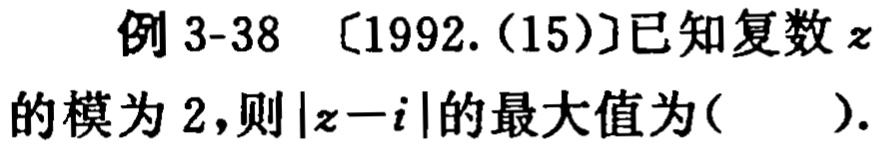
例 3-38 〔1992.(15)〕已知复数\(z\)的模为 2,则\(\vert z - i\vert\)的最大值为( ).